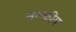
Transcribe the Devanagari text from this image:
नरकीय